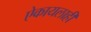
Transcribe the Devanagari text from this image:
ऐकायलाही